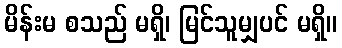
မိန်းမ စသည် မရှိ၊ မြင်သူမျှပင် မရှိ။